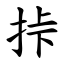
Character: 挊